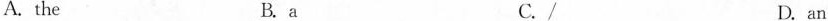
A. the B. a C./, D. an